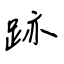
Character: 跡